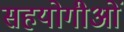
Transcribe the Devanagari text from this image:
सहयोगीओं